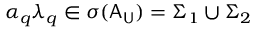
\alpha _ { q } { \lambda } _ { q } \in \sigma ( \mathsf { A } _ { \mathsf { U } } ) = \Sigma _ { 1 } \cup \Sigma _ { 2 }